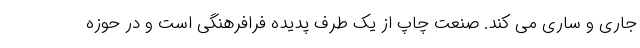
جاری و ساری می کند. صنعت چاپ از یک طرف پدیده فرافرهنگی است و در حوزه